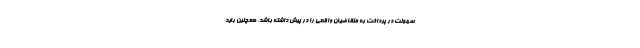
سهولت در پرداخت به متقاضیان واقعی را در پیش داشته باشد. همچنین باید